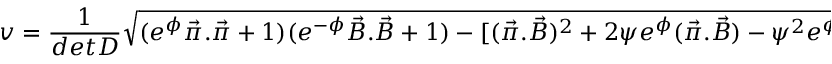
v = \frac { 1 } { d e t D } \sqrt { ( e ^ { \phi } \vec { \pi } . \vec { \pi } + 1 ) ( e ^ { - \phi } \vec { B } . \vec { B } + 1 ) - [ ( \vec { \pi } . \vec { B } ) ^ { 2 } + 2 \psi e ^ { \phi } ( \vec { \pi } . \vec { B } ) - \psi ^ { 2 } e ^ { \phi } \vec { B } . \vec { B } ] } .